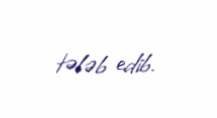
tələb edib.